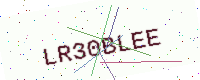
Text: LR30BLEE